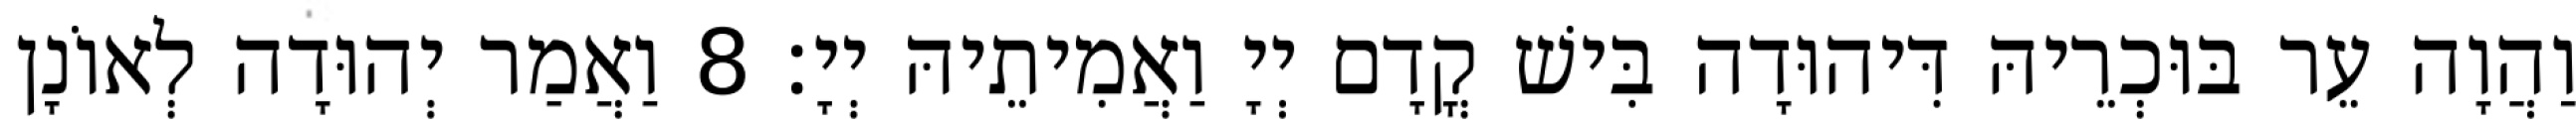
וַהֲוָה עֵר בּוּכְרֵיהּ דִּיהוּדָה בִּישׁ קֳדָם יְיָ וַאֲמִיתֵיהּ יְיָ׃ 8 וַאֲמַר יְהוּדָה לְאוֹנָן